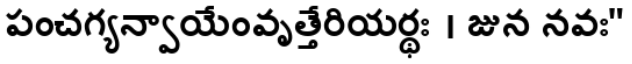
పంచగ్యన్వాయేంవృత్తేరియర్థః । జున నవః"